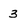
Character: 3